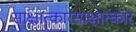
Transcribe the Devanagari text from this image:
साक्षात्कारसाक्षात्कार